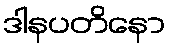
ဒါနပတိနော